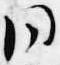
同